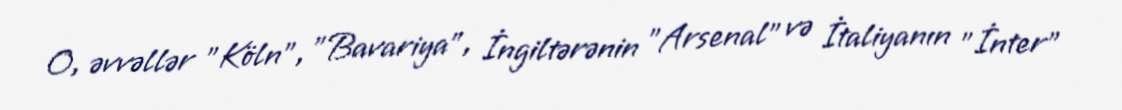
O, əvvəllər "Köln", "Bavariya", İngiltərənin "Arsenal" və İtaliyanın "İnter"